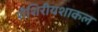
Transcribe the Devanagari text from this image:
शैशिरीयशाकल